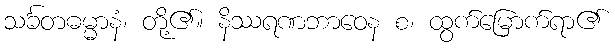
သင်္ခတဓမ္မာနံ၊ တို့၏။ နိဿရဏဘာဝေန စ၊ ထွက်မြောက်ရာ၏